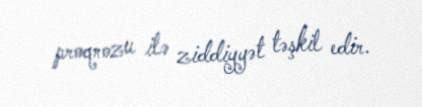
proqnozu ilə ziddiyyət təşkil edir.